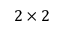
2 \times 2